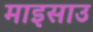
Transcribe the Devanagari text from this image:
माइसाउ